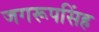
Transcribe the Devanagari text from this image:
जगरूपसिंह